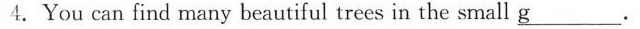
4.You can find many beautiful trees in the small \underline{g}